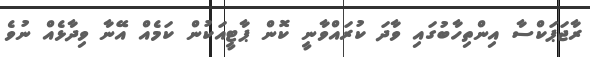
ރާޖަޕަކްސާ އިންތިހާބުގައި ވާދަ ކުރައްވާނީ ކޮން ޕާޓީއަކުން ކަމެއް އޭނާ ވިދާޅެއް ނުވެ